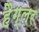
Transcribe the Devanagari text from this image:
हैग्लर